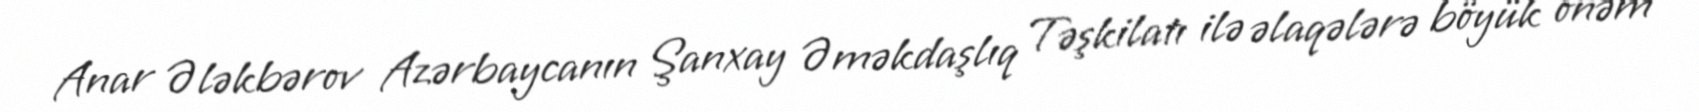
Anar Ələkbərov Azərbaycanın Şanxay Əməkdaşlıq Təşkilatı ilə əlaqələrə böyük önəm